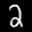
Label: 2